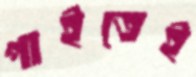
পাইতেই